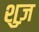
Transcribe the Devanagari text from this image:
शुज़